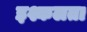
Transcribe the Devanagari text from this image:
इश्कलता